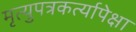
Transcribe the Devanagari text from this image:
मृत्युपत्रकर्त्यापेक्षा